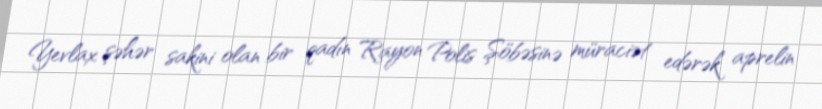
Yevlax şəhər sakini olan bir qadın Rayon Polis Şöbəsinə müraciət edərək aprelin